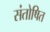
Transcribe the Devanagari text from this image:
संतोषित